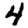
Digit: 4